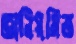
অনিয়মিত